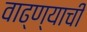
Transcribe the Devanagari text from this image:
वाढ्ण्याची